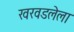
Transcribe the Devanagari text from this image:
खरवडलेला